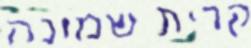
קרית שמונה